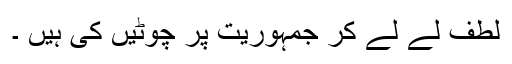
لطف لے لے کر جمہوریت پر چوٹیں کی ہیں ۔